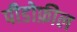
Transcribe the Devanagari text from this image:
पीडोफ़ील